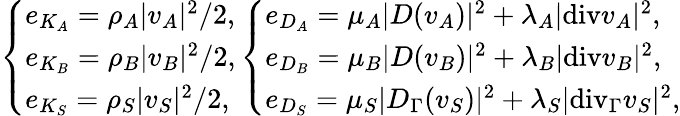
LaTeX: \left\{ \begin{array}{ll}{e_{K_{A}}=\rho_{A}\vert v_{A}\vert^{2}/2,}\\ {e_{K_{B}}=\rho_{B}\vert v_{B}\vert^{2}/2,}\\ {e_{K_{S}}=\rho_{S}\vert v_{S}\vert^{2}/2,}\end{array}\right.\left\{ \begin{array}{ll}{e_{D_{A}}=\mu_{A}\vert D(v_{A})\vert^{2}+\lambda_{A}\vert\mathrm{{div}}v_{A}\vert^{2},}\\ {e_{D_{B}}=\mu_{B}\vert D(v_{B})\vert^{2}+\lambda_{B}\vert{\mathrm{div}}v_{B}\vert^{2},}\\ {e_{D_{S}}=\mu_{S}\vert D_{\Gamma}(v_{S})\vert^{2}+\lambda_{S}\vert\mathrm{{div}}_{\Gamma}v_{S}\vert^{2},}\end{array}\right.